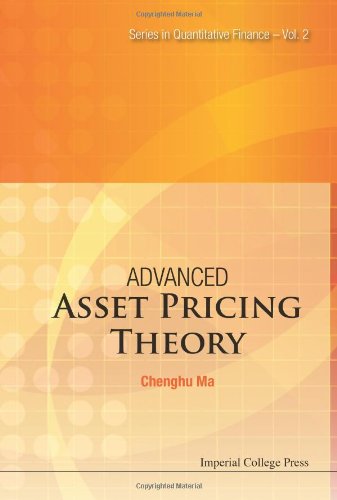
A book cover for Advanced Asset Pricing Theory (Series in Quantitative Finance); Chenghu Ma; Business & Money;